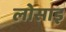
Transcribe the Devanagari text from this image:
लोसाइ